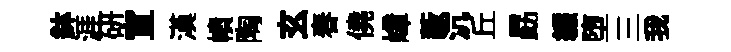
鉢涯硏宣漢幘陶玄春僥嶂藪沆丘勗縑堕三我